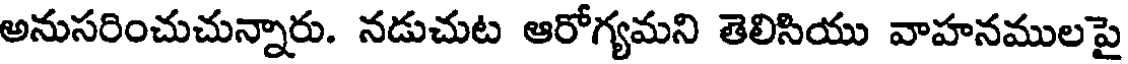
అనుసరించుచున్నారు. నడుచుట ఆరోగ్యమని తెలిసియు వాహనములపై